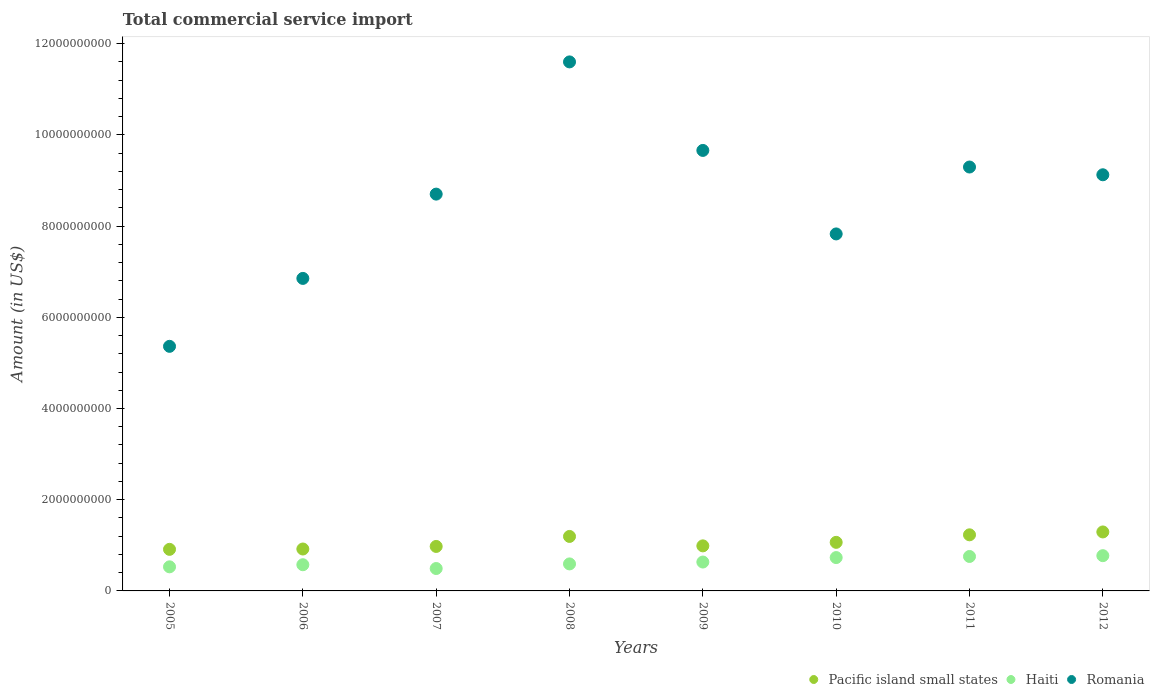
| Years | Pacific island small states | Haiti | Romania |
 | --- | --- | --- | --- |
 | 2005 | 9.12e+08 | 5.28e+08 | 5.36e+09 |
 | 2006 | 9.19e+08 | 5.74e+08 | 6.85e+09 |
 | 2007 | 9.75e+08 | 4.91e+08 | 8.7e+09 |
 | 2008 | 1.19e+09 | 5.92e+08 | 1.16e+10 |
 | 2009 | 9.88e+08 | 6.33e+08 | 9.66e+09 |
 | 2010 | 1.07e+09 | 7.31e+08 | 7.83e+09 |
 | 2011 | 1.23e+09 | 7.55e+08 | 9.3e+09 |
 | 2012 | 1.29e+09 | 7.73e+08 | 9.12e+09 |